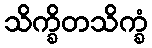
သိက္ခိတသိက္ခံ